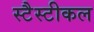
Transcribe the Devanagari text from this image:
स्टैस्टीकल